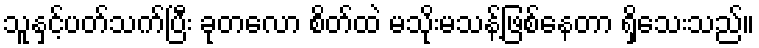
သူနှင့်ပတ်သက်ပြီး ခုတလော စိတ်ထဲ မသိုးမသန့်ဖြစ်နေတာ ရှိသေးသည်။